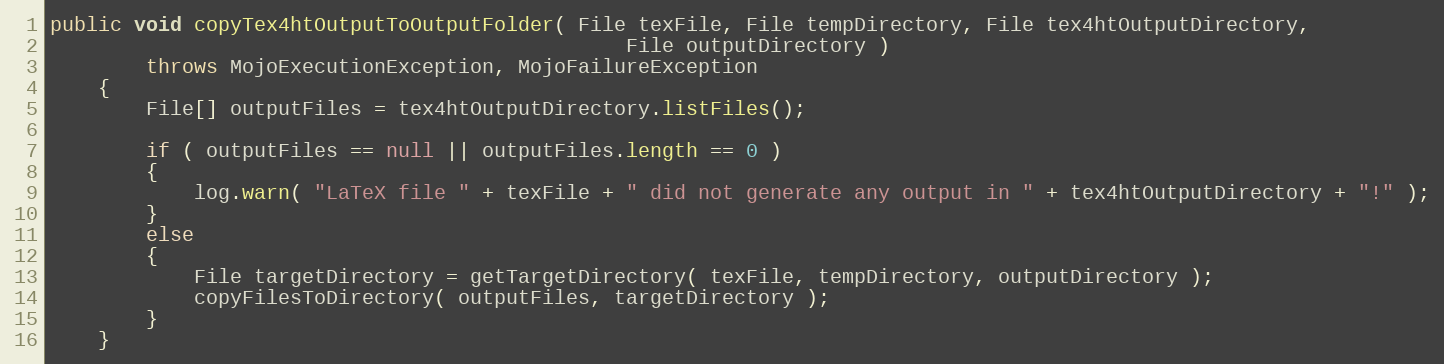
Language: Java
public void copyTex4htOutputToOutputFolder( File texFile, File tempDirectory, File tex4htOutputDirectory,
                                                File outputDirectory )
        throws MojoExecutionException, MojoFailureException
    {
        File[] outputFiles = tex4htOutputDirectory.listFiles();

        if ( outputFiles == null || outputFiles.length == 0 )
        {
            log.warn( "LaTeX file " + texFile + " did not generate any output in " + tex4htOutputDirectory + "!" );
        }
        else
        {
            File targetDirectory = getTargetDirectory( texFile, tempDirectory, outputDirectory );
            copyFilesToDirectory( outputFiles, targetDirectory );
        }
    }